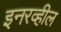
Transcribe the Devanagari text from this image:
इनरव्हील